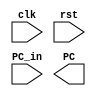
`timescale 1ns/1ns

module WB_Stage 
(
    input clk, rst,
    input [31:0] PC_in,
    output [31:0] PC
);



    
endmodule